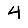
Digit: 4